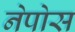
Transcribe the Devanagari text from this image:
नेपोस